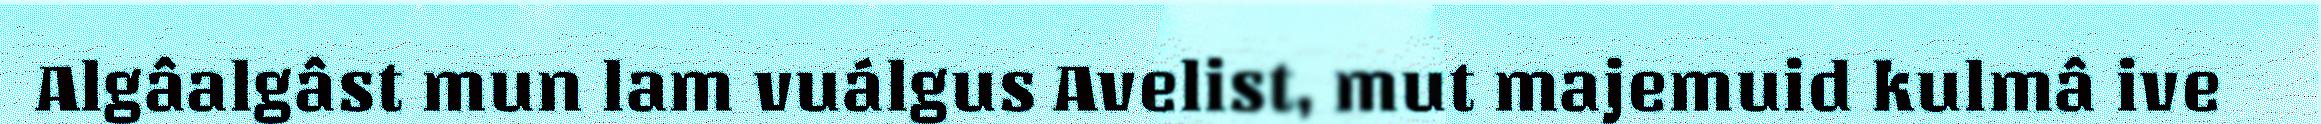
Algâalgâst mun lam vuálgus Avelist, mut majemuid kulmâ ive